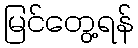
မြင်တွေ့ရန်